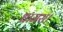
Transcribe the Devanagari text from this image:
थामस।